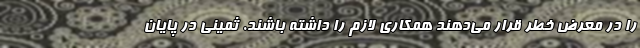
را در معرض خطر قرار می‌دهند همکاری لازم را داشته باشند. ثمینی در پایان